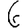
Digit: 6